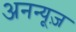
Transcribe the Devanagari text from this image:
अनन्यूज़